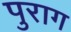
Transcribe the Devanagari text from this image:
पुराग